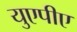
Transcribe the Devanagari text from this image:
युएपीए